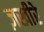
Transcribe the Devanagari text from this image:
ज़खीरे